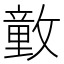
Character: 𰕕